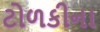
ટોળકીના